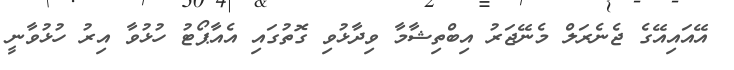
އޭއައިއޭގެ ޖެނެރަލް މެނޭޖަރު އިބްތިޝާމާ ވިދާޅުވި ގޮތުގައި އެއާޕޯޓު ހުޅުވާ އިރު ހުޅުވާނީ